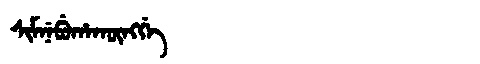
Manchu: ᠰᡳᠮᠨᡝᠪᡠᡥᠠᡴᡡᠩᡤᡝ
Romanization: SIMNEBUHAKŪNGGE